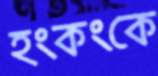
হংকংকে